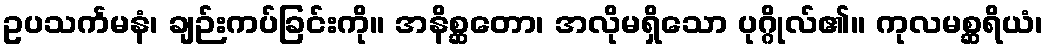
ဥပသင်္ကမနံ၊ ချဉ်းကပ်ခြင်းကို။ အနိစ္ဆတော၊ အလိုမရှိသော ပုဂ္ဂိုလ်၏။ ကုလမစ္ဆရိယံ၊